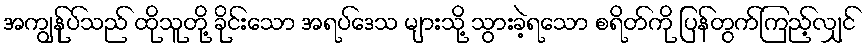
အကျွန်ုပ်သည် ထိုသူတို့ ခိုင်းသော အရပ်ဒေသ များသို့ သွားခဲ့ရသော စရိတ်ကို ပြန်တွက်ကြည့်လျှင်